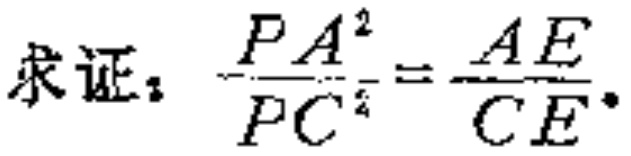
求证：$\frac{PA^{2}}{PC^{2}}=\frac{AE}{CE}$。